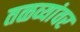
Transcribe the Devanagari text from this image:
तळव्यांवर